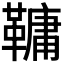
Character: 𩌨